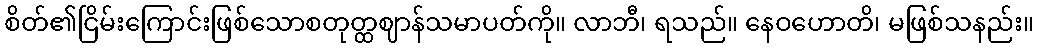
စိတ်၏ငြိမ်းကြောင်းဖြစ်သောစတုတ္ထဈာန်သမာပတ်ကို။ လာဘီ၊ ရသည်။ နေဝဟောတိ၊ မဖြစ်သနည်း။